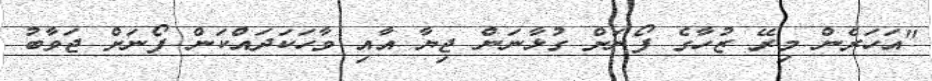
"އަހަރެން މިރޭ ޒުހާގެ ފޯނަށް ގުޅާނަން ޖިޔާ އާއި ވާހަކަދައްކަން ފޯނަށް ޖަވާބު